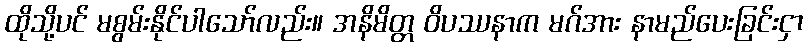
ထိုသို့ပင် မစွမ်းနိုင်ပါသော်လည်း။ အနိမိတ္တ ဝိပဿနာက မဂ်အား နာမည်ပေးခြင်းငှာ